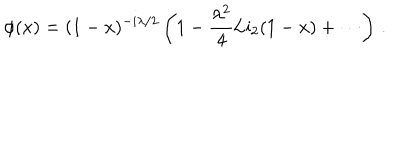
\phi ( x ) = ( 1 - x ) ^ { - i \lambda / 2 } \left( 1 - \frac { \lambda ^ { 2 } } { 4 } \mathrm { L i } _ { 2 } ( 1 - x ) + \cdots \right) \, .